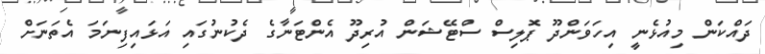
ދައްކަން މިއުޅެނީ އިހަވަންދޫ ޕޮލިސް ސްޓޭޝަން އުރިދޫ އެންޓަނާގެ ދެކުނުގައި އަޅައިފިނަމަ އެތަނަށް